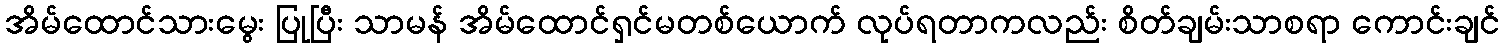
အိမ်ထောင်သားမွေး ပြုပြီး သာမန် အိမ်ထောင်ရှင်မတစ်ယောက် လုပ်ရတာကလည်း စိတ်ချမ်းသာစရာ ကောင်းချင်